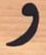
و